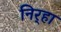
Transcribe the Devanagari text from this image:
निर्‍हा